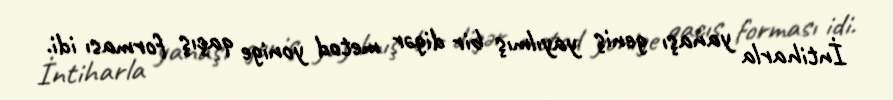
İntiharla yanaşı geniş yayılmış bir digər metod yonige qaçış forması idi.